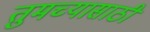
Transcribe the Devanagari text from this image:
तुमच्यासाठी